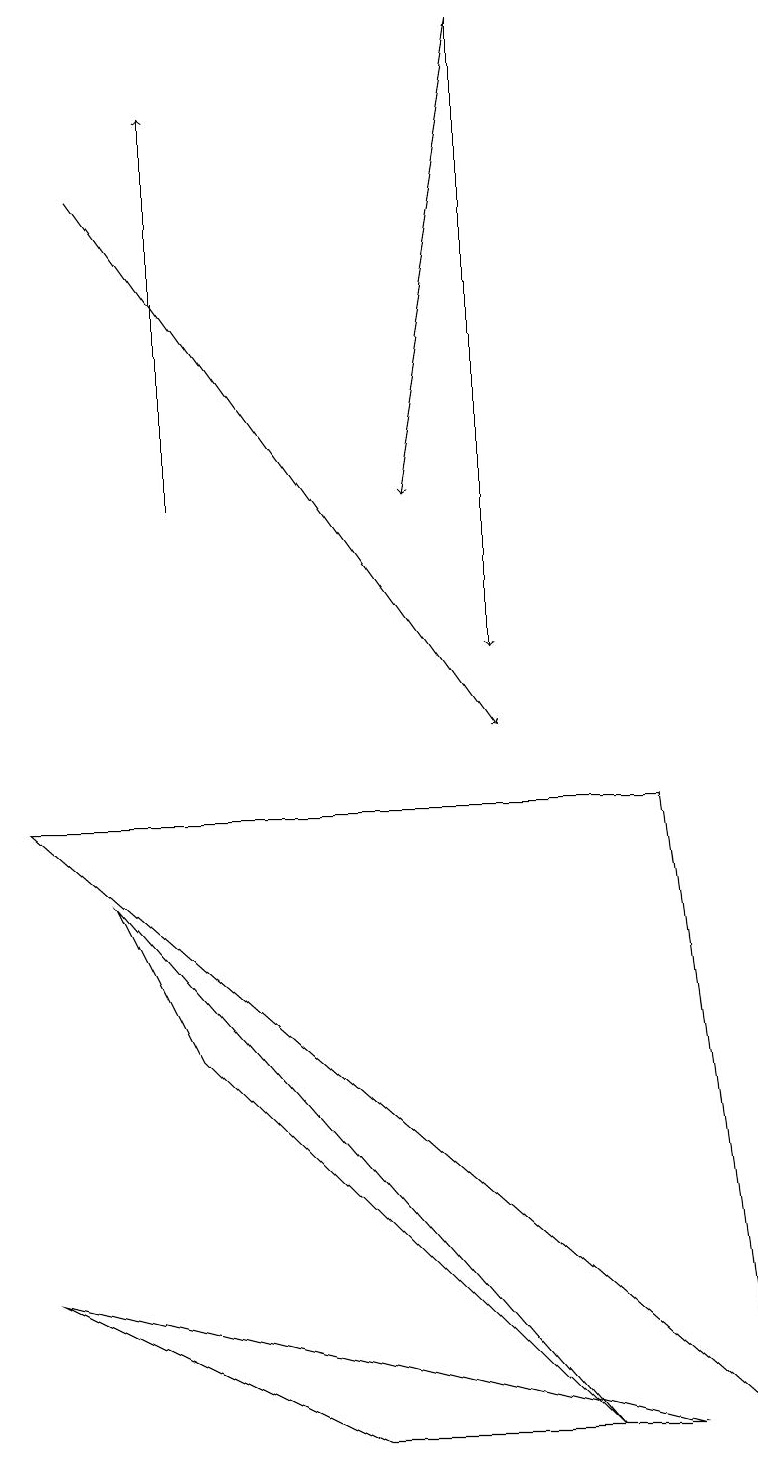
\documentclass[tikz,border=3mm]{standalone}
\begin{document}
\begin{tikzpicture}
\draw[->] (1,17) -- (6,10);
\draw (4,1) -- (0,3) -- (8,1) -- cycle;
\draw (2,6) -- (7,1) -- (1,8) -- cycle;
\draw (9,1) -- (0,9) -- (8,9) -- cycle;
\draw (6,13) rectangle (6,15);
\draw[->] (6,19) -- (6,11);
\draw[->] (2,13) -- (2,18);
\draw[->] (6,19) -- (5,13);
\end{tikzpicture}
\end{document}